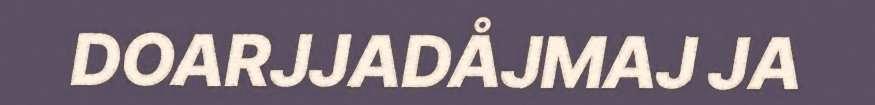
DOARJJADÅJMAJ JA